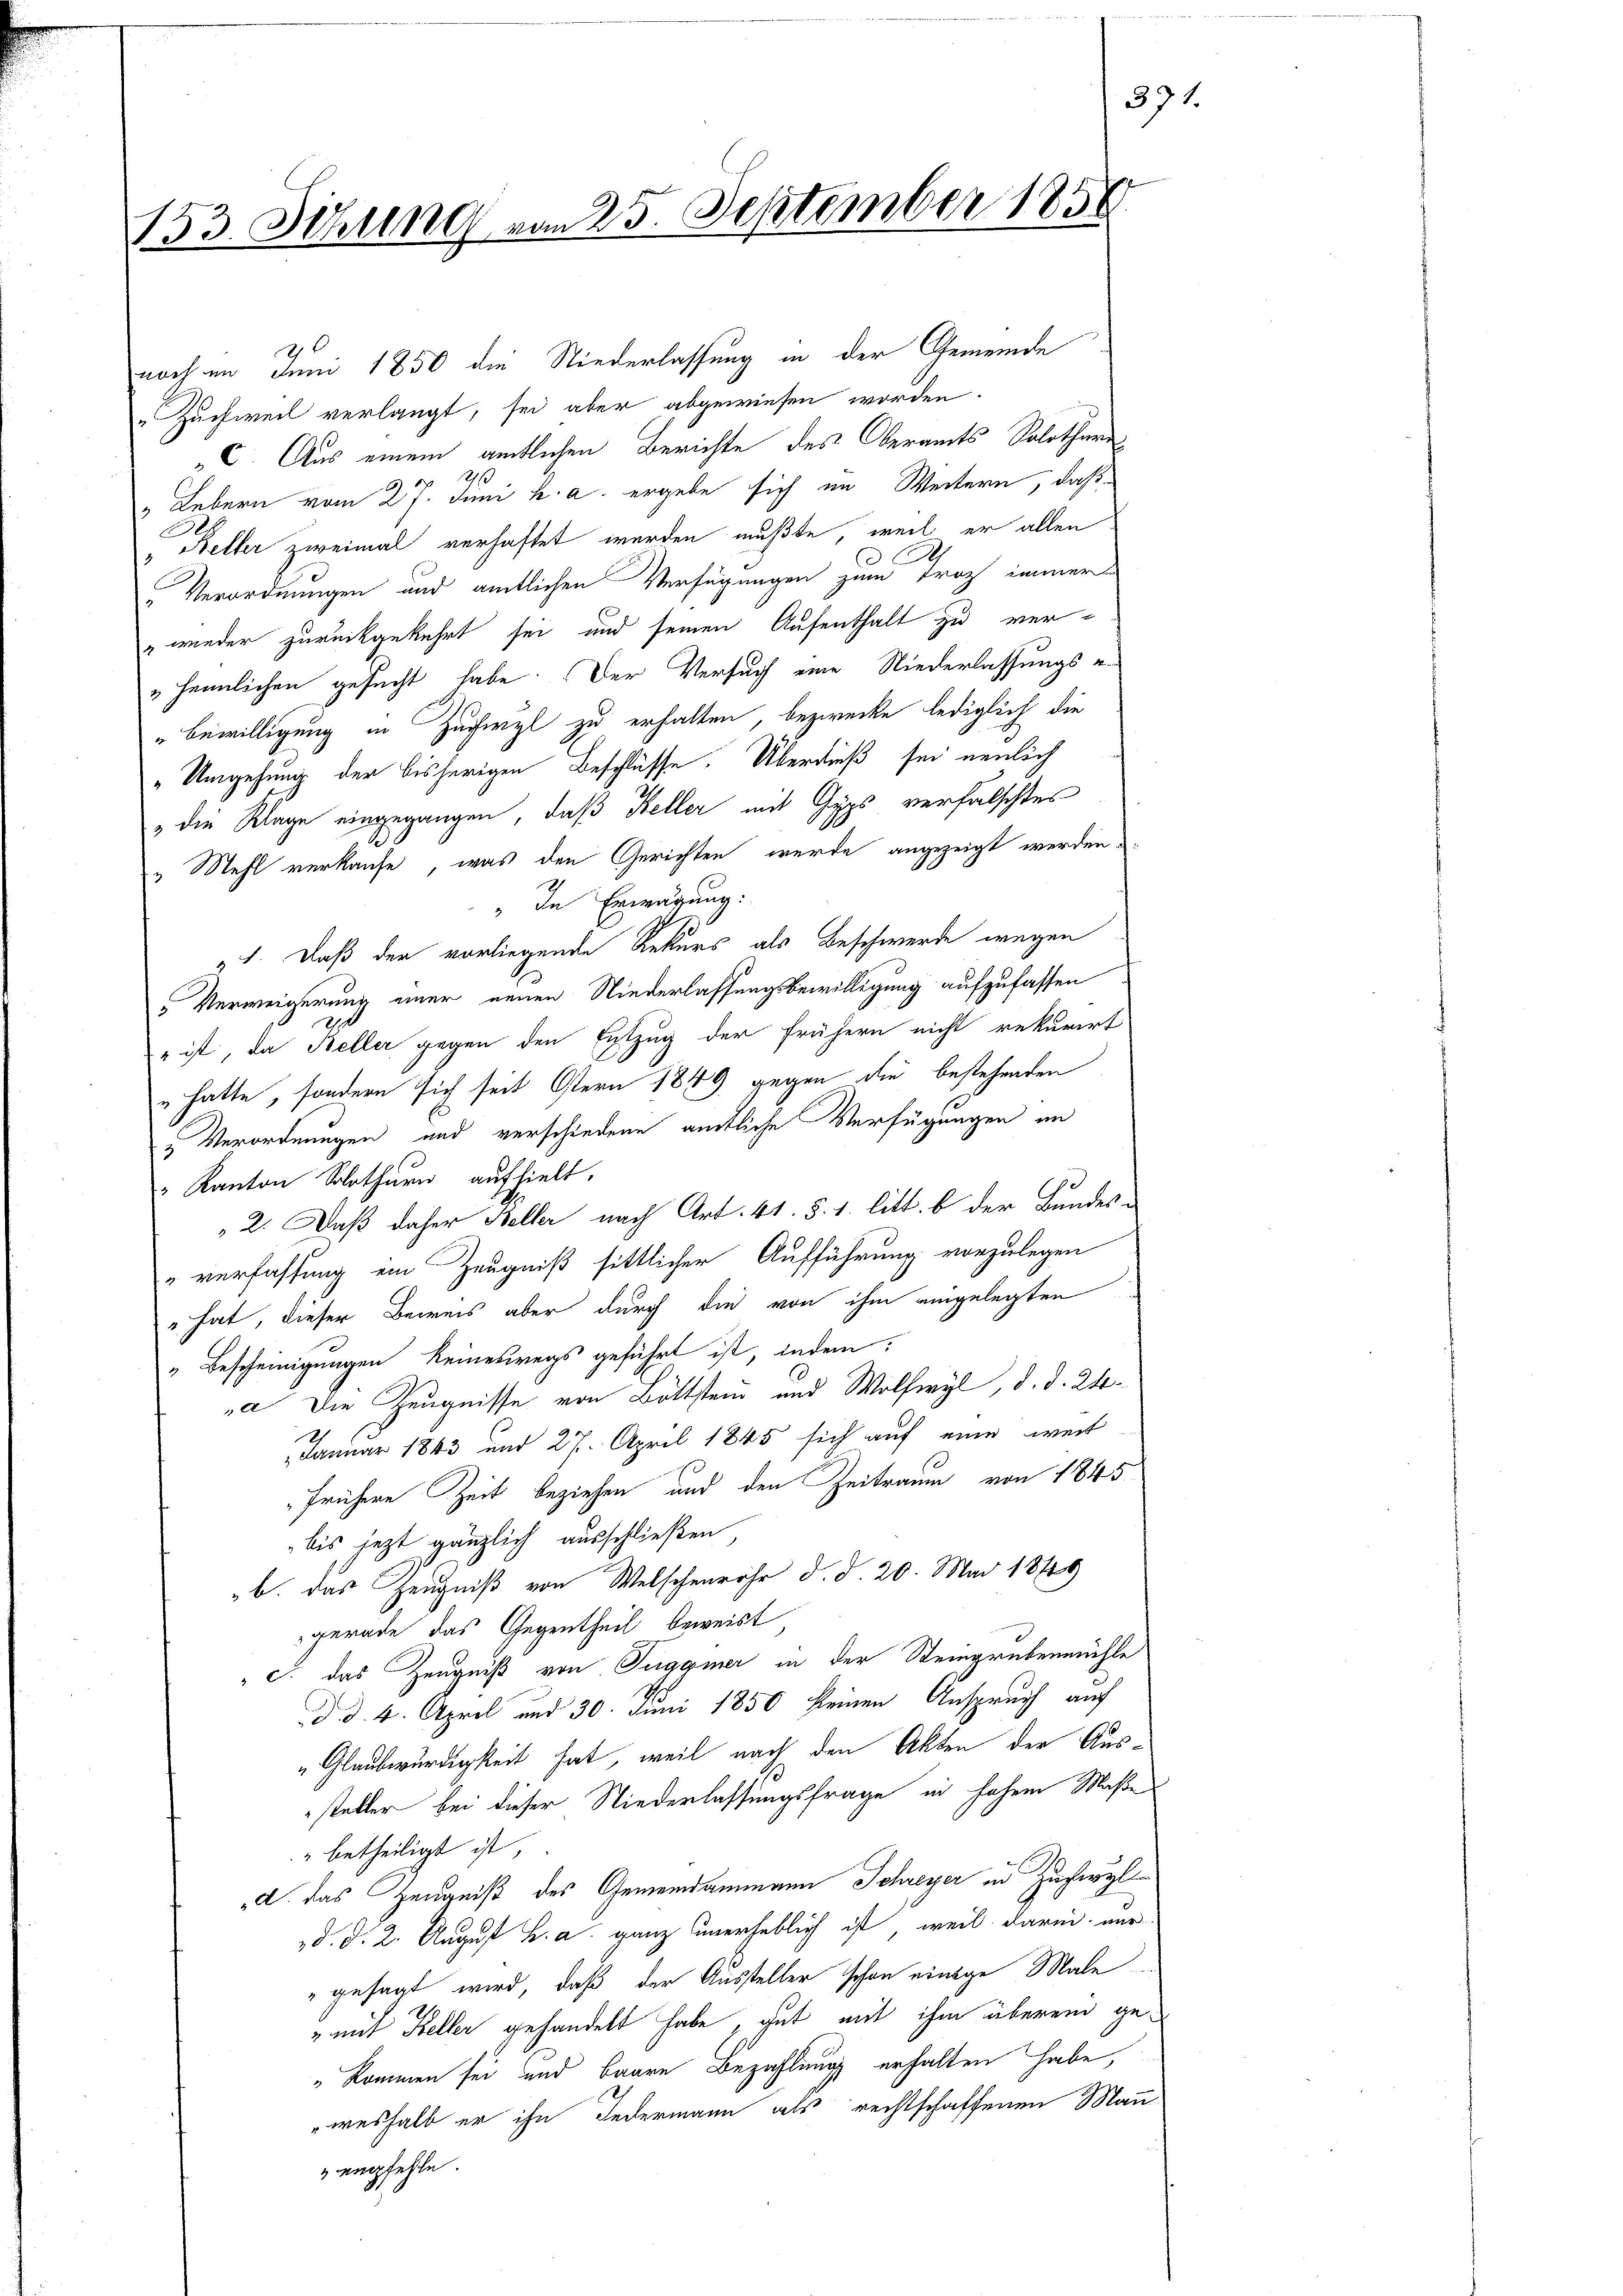
153. Sitzung vom 25. September 1858

noch im Juni 1850 die Niederlassung in der Gemeinde
Zuchweil verlangt, sei aber abgewiesen worden.
C. Aus einem amtlichen Berichte des Oberamts Solothurn
" Lebern vom 27. Juni h. a. ergebe sich im Weitern, daß
Keller zweimal verhaftet werden mußte, weil er allen
„Verordnungen und amtlichen Verfügungen zum Troz immer
"wieder zurückgekehrt sei und seinen Aufenthalt zu ver¬
„heimlichen gesucht habe. Der Versuch eine Niederlassungs e
"Bewilligung in Zuchwyl zu erhalten, bezwecke lediglich die
"Umgehung der bisherigen Beschlüsse. Überdieß sei neulich
" die Klage eingegangen, daß Keller mit Gyps verfalschtes
" Mehl verkaufe, was den Gerichten wurde angezeigt werden.
" In Erwägung:
21. Daß der vorliegende Rekurs als Beschwerde wegen
" Verweigerung einer neuen Niederlassungsbewilligung aufzufassen
" ist, da Keller gegen den Entzug der frühern nicht rekurirt
" hatte, sondern sich seit Ostern 1849 gegen die bestehenden
"Verordnungen und verschiedene amtliche Verfügungen im
" Kanton Solothurn aufhielt.
2. Daß daher Beller nach Art. 41. §. 1. litt. b der Bundes-
"verfassung ein Zeugniß sittlicher Aufführung vorzulegen
" hat, dieser Beweis aber durch die von ihm eingelegten
" Bescheinigungen keineswegs geführt ist, indem:
a Die Zeugnisse von Bottstein und Wolfwyl, d. d. 24.
Januar 1863 und 27. April 1845 sich auf eine weit
"frühere Zeit beziehen und den Zeitraum von 1845
bis jezt gänzlich ausschließen
b. das Zeugniß von Welschenrohr d. d. 20. Mai 1849
gerade das Gegentheil beweist
c. das Zeugniß von Tugger in der Steingrubenmühle
d. d. 4. April und 30. Juni 1850 keinen Anspruch auf
„Glaubwürdigkeit hat, weil nach den Akten der Aus¬
1
steller bei dieser Niederlassungsfrage in hohem Maße
" betheiligt ist,
d. das Zeugniß des Gemeindammann Schreyer in Zuherzl
„d. d. 2. August B. a. ganz unerheblich ist, weil darin nur
"gesagt wird, daß der Aussteller schon einige Male
" mit Keller gehandelt habe, gut mit ihm überein ge¬
" kommen sei und Baare Bezahlung erhalten habe,
weshalb er ihn Jedermann als rechtschaffenen Mann
 empfehle.

391.